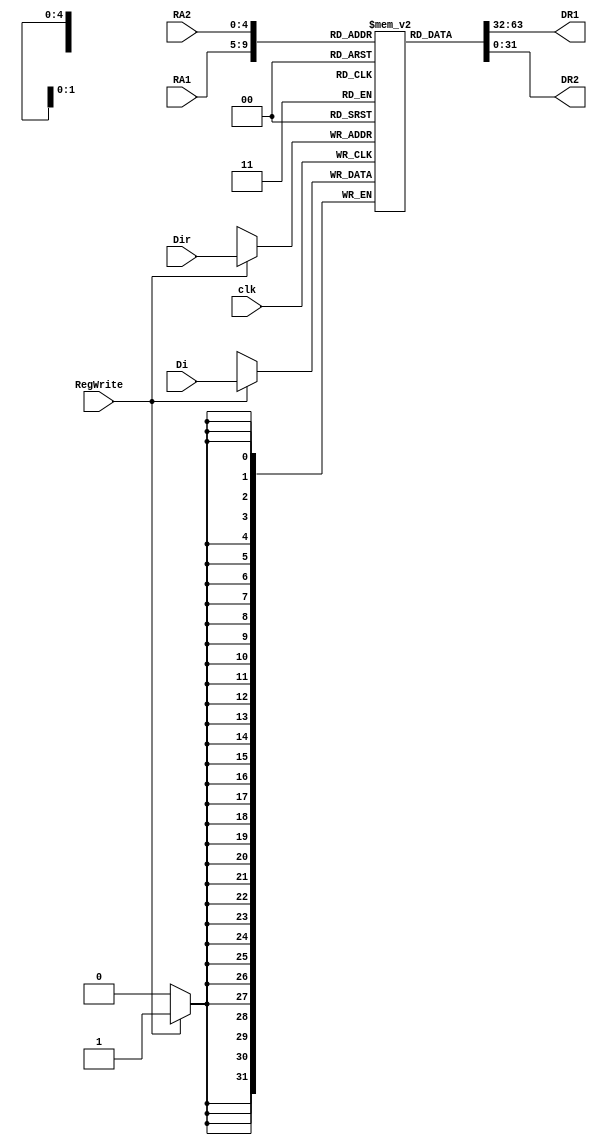
module RegisterBank(
    input clk,
    input [4:0] RA1,
    input [4:0] RA2,
    input [4:0] Dir,
    input [31:0] Di,
    input RegWrite,
    output reg [31:0] DR1,
    output reg [31:0] DR2 	
);

reg [31:0] MEM [0:31];

always @(posedge clk) begin
    if (RegWrite) begin
        MEM[Dir] <= Di;
    end
end

always @(*) begin
    DR1 = MEM[RA1];
    DR2 = MEM[RA2];
end

endmodule